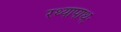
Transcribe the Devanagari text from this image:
रथ्यापाथः